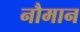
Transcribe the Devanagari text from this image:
नौमान